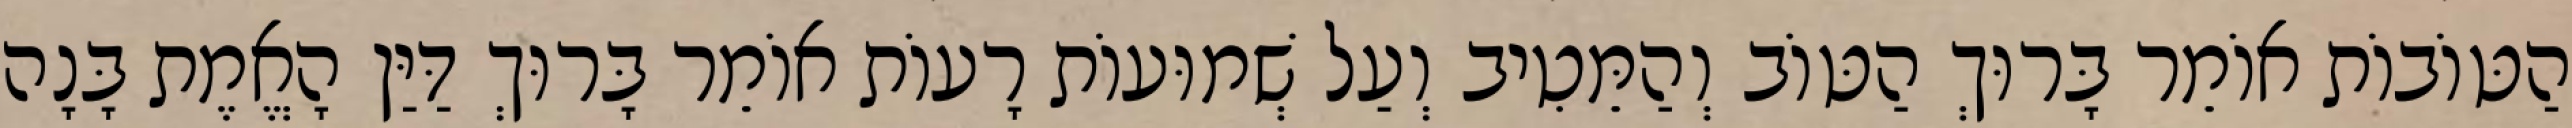
הַטּוֹבוֹת אוֹמֵר בָּרוּךְ הַטּוֹב וְהַמֵּטִיב וְעַל שְׁמוּעוֹת רָעוֹת אוֹמֵר בָּרוּךְ דַּיַּן הָאֱמֶת בָּנָה